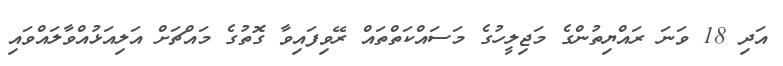
އަދި 18 ވަނަ ރައްޔިތުންގެ މަޖިލީހުގެ މަސައްކަތްތައް ރޭވިފައިވާ ގޮތުގެ މައްޗަށް އަލިއަޅުއްވާލައްވައި